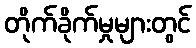
တိုက်ခိုက်မှုများတွင်